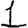
Digit: 1